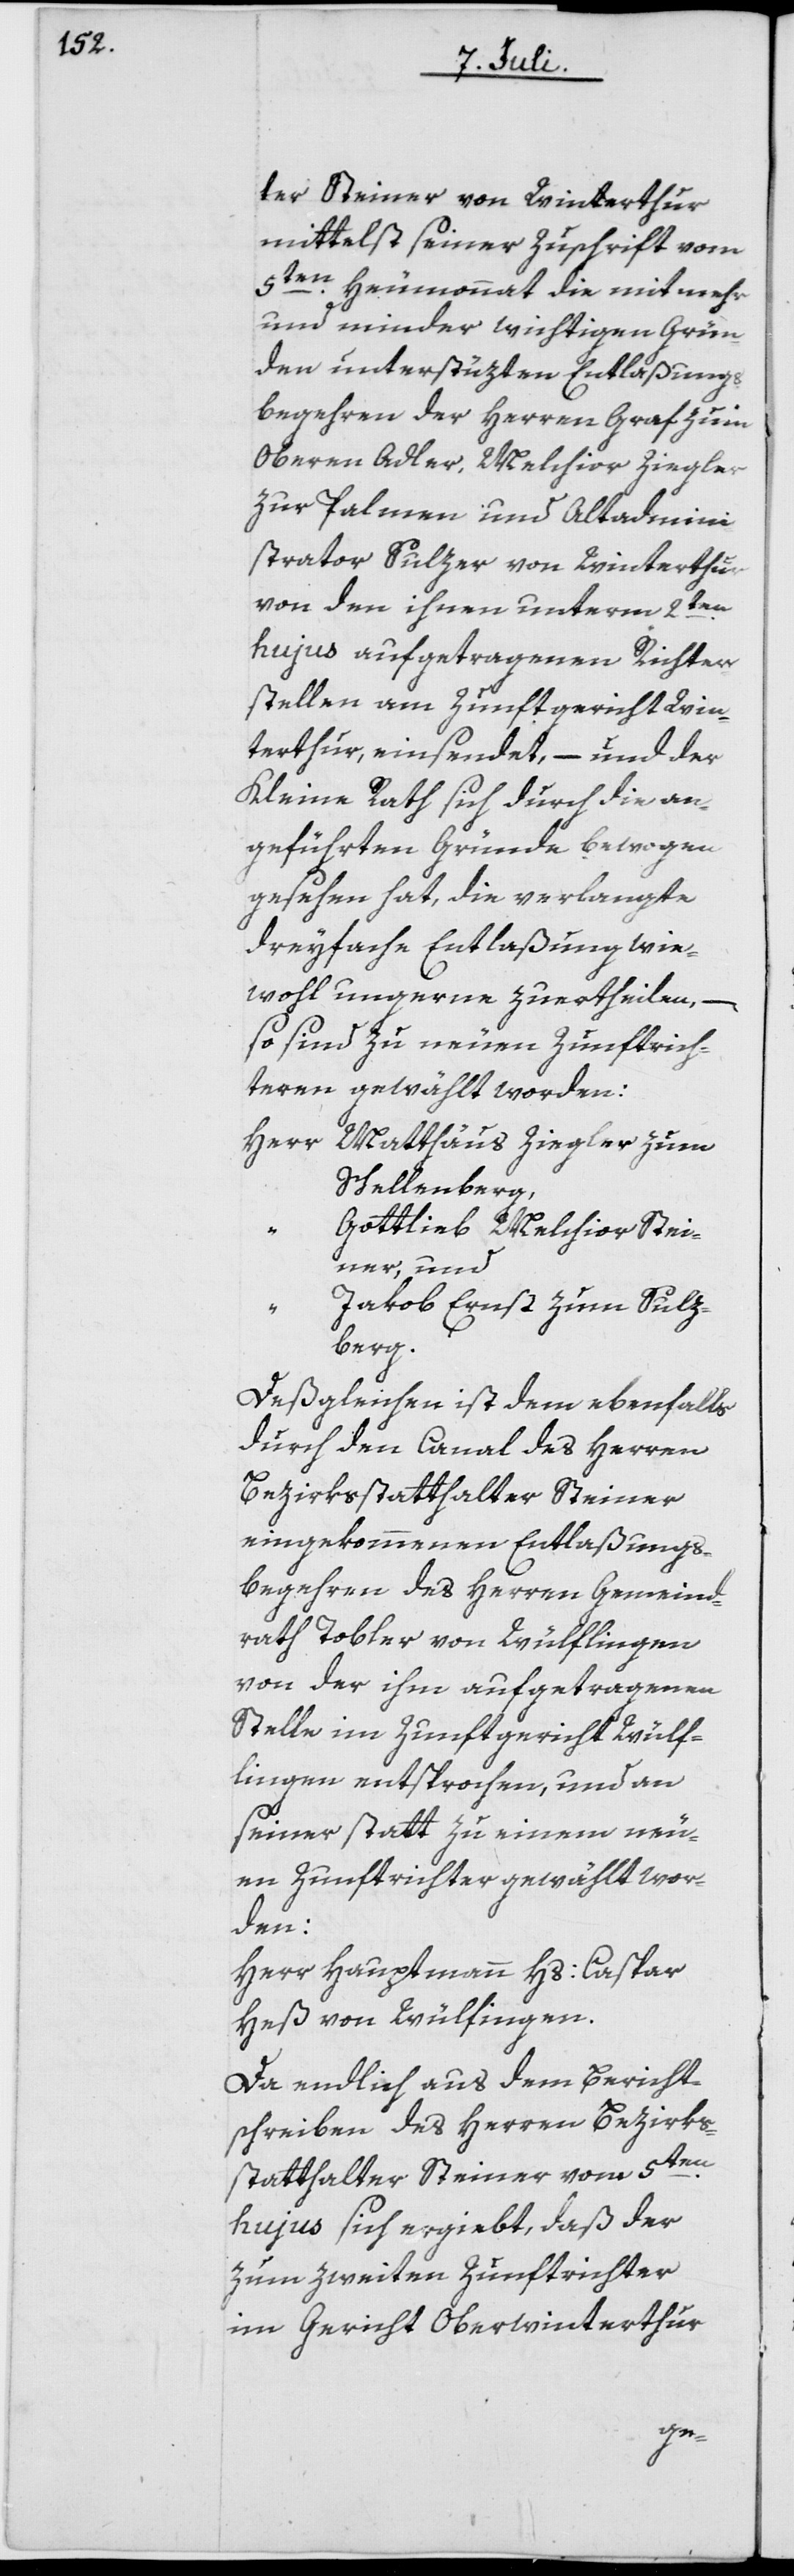
ter Steiner von Winterthur
mittelst seiner Zuschrift vom
5ten Heumonat die mit mehr
und minder wichtigen Grün¬
den unterstüzten Entlaßungs¬
begehren der Herren Graf zum
Oberen Adler, Melchior Ziegler
zur Palmen und Altadmini¬
strator Sulzer von Winterthur
von den ihnen unterm 2ten
hujus aufgetragenen Richter¬
stellen am Zunftgericht Win¬
terthur einsendet, – und der
Kleine Rath sich durch die an¬
geführten Gründe bewogen
gesehen hat, die verlangte
dreyfache Entlaßung wie¬
wohl ungerne zu ertheilen,
so sind zu neuen Zunftrich¬
teren gewählt worden:
Herr Matthäus Ziegler, zum
Schellenberg,
Gottlieb Melchior Stei¬
ner, und
Jakob Ernst, zum Sulz¬
berg.
Deßgleichen ist dem ebenfalls
durch den Canal des Herren
Bezirksstatthalter Steiner
eingekommenen Entlaßungs¬
begehren des Herren Gemeind¬
rath Tobler von Wülflingen
von der ihm aufgetragenen
Stelle im Zunftgericht Wülf¬
lingen entsprochen, und an
seiner statt zu einem neu¬
en Zunftrichter gewählt wor¬
den:
Herr Hauptmann Hs: Caspar
Heß von Wülfingen
Da endlich aus dem Bericht¬
schreiben des Herren Bezirks¬
statthalter Steiner vom 5ten
hujus sich ergiebt, daß der
zum zweiten Zunftrichter
im Gericht Oberwinterthur